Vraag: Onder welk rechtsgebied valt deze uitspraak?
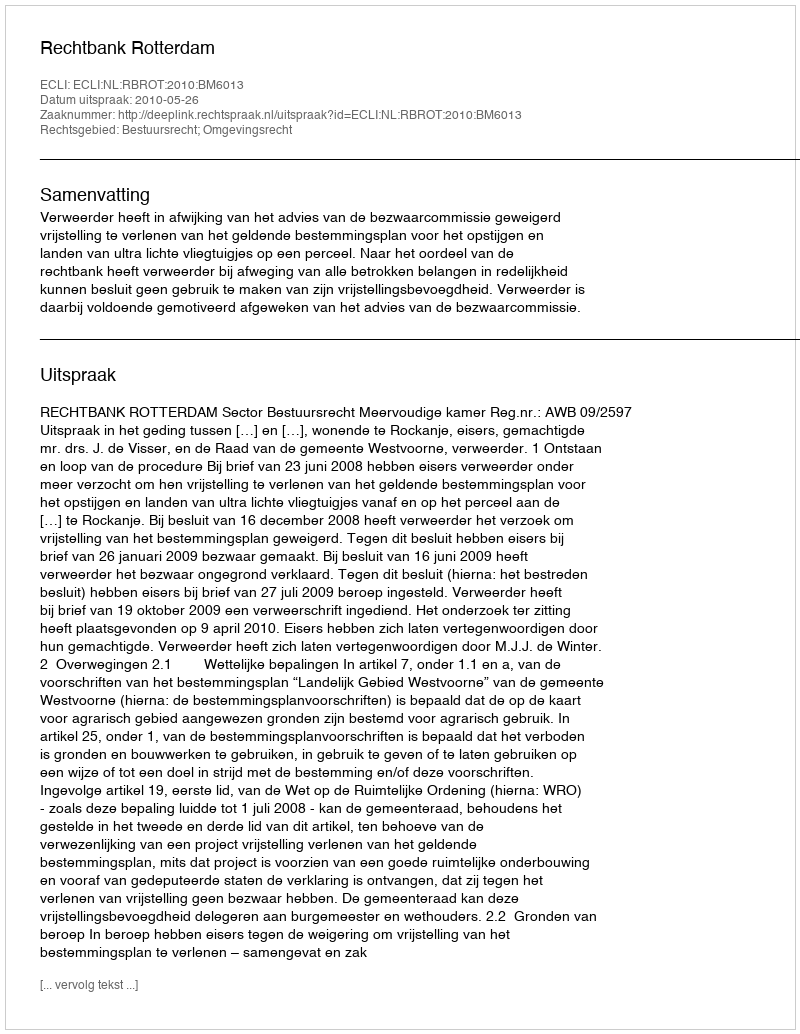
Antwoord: Bestuursrecht; Omgevingsrecht